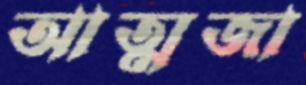
আত্মজা